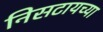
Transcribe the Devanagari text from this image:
निसटायच्या